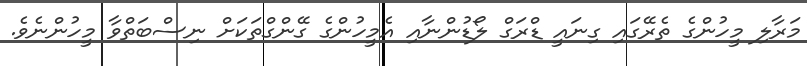
މަރާލި މީހުންގެ ތެރޭގައި ގިނައީ ޑްރަގް ލޯޑުންނާއި އެމީހުންގެ ގޭންގްތަކަށް ނިސްބަތްވާ މީހުންނެވެ.